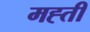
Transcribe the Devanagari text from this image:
मह्ती